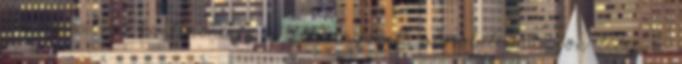
érvényesül, a kontinenesen a felvilágosult abszolutizmus jön létre a